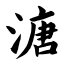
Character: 溏